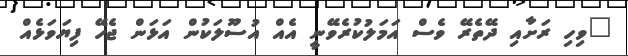
"ވިހި ރަށާއި ދޭތެރޭ ވެސް އަމަލުކުރެވޭނީ އެއް އުސޫލަކުން އަޅަން ޖެހޭ ފިޔަވަޅެއް